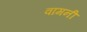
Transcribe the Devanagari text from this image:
वामनी